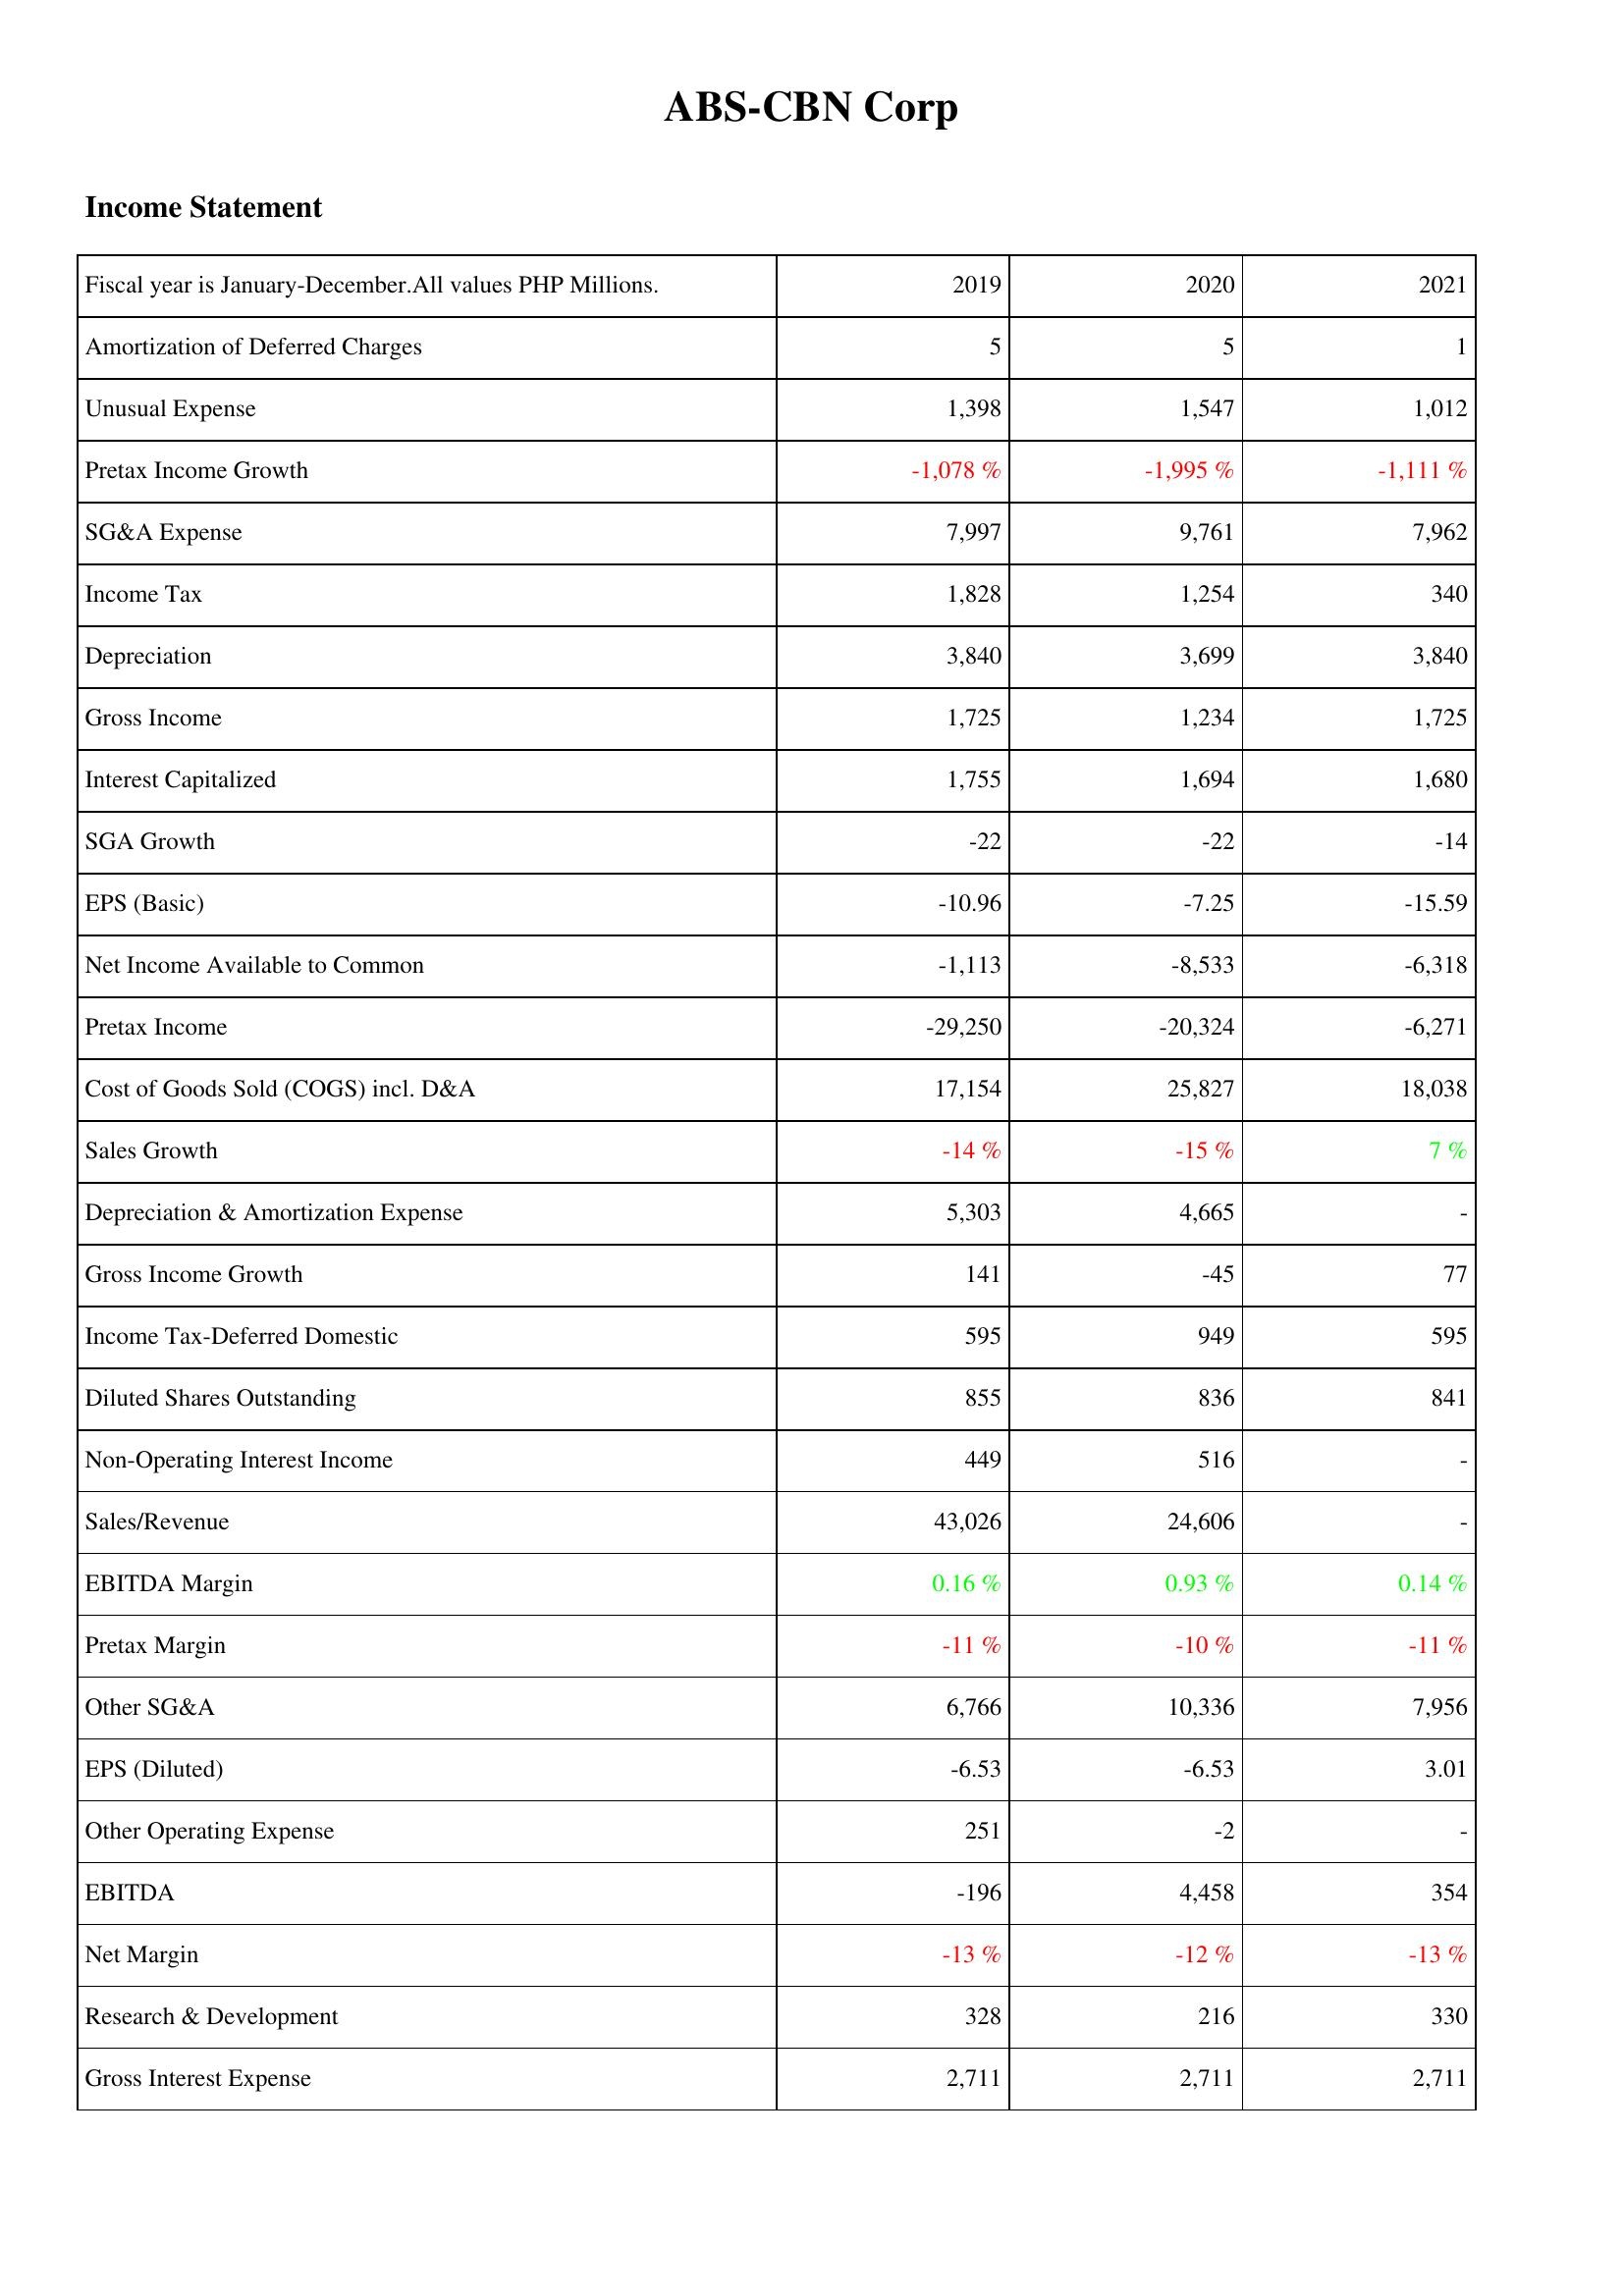
2019: Income Statement: Amortization of Deferred Charges: 5
Unusual Expense: 1,398
Pretax Income Growth: -1,078 %
SG&A Expense: 7,997
Income Tax: 1,828
Depreciation: 3,840
Gross Income: 1,725
Interest Capitalized: 1,755
SGA Growth: -22
EPS (Basic): -10.96
Net Income Available to Common: -1,113
Pretax Income: -29,250
Cost of Goods Sold (COGS) incl. D&A: 17,154
Sales Growth: -14 %
Depreciation & Amortization Expense: 5,303
Gross Income Growth: 141
Income Tax-Deferred Domestic: 595
Diluted Shares Outstanding: 855
Non-Operating Interest Income: 449
Sales/Revenue: 43,026
EBITDA Margin: 0.16 %
Pretax Margin: -11 %
Other SG&A: 6,766
EPS (Diluted): -6.53
Other Operating Expense: 251
EBITDA: -196
Net Margin: -13 %
Research & Development: 328
Gross Interest Expense: 2,711
2020: Income Statement: Amortization of Deferred Charges: 5
Unusual Expense: 1,547
Pretax Income Growth: -1,995 %
SG&A Expense: 9,761
Income Tax: 1,254
Depreciation: 3,699
Gross Income: 1,234
Interest Capitalized: 1,694
SGA Growth: -22
EPS (Basic): -7.25
Net Income Available to Common: -8,533
Pretax Income: -20,324
Cost of Goods Sold (COGS) incl. D&A: 25,827
Sales Growth: -15 %
Depreciation & Amortization Expense: 4,665
Gross Income Growth: -45
Income Tax-Deferred Domestic: 949
Diluted Shares Outstanding: 836
Non-Operating Interest Income: 516
Sales/Revenue: 24,606
EBITDA Margin: 0.93 %
Pretax Margin: -10 %
Other SG&A: 10,336
EPS (Diluted): -6.53
Other Operating Expense: -2
EBITDA: 4,458
Net Margin: -12 %
Research & Development: 216
Gross Interest Expense: 2,711
2021: Income Statement: Amortization of Deferred Charges: 1
Unusual Expense: 1,012
Pretax Income Growth: -1,111 %
SG&A Expense: 7,962
Income Tax: 340
Depreciation: 3,840
Gross Income: 1,725
Interest Capitalized: 1,680
SGA Growth: -14
EPS (Basic): -15.59
Net Income Available to Common: -6,318
Pretax Income: -6,271
Cost of Goods Sold (COGS) incl. D&A: 18,038
Sales Growth: 7 %
Depreciation & Amortization Expense: -
Gross Income Growth: 77
Income Tax-Deferred Domestic: 595
Diluted Shares Outstanding: 841
Non-Operating Interest Income: -
Sales/Revenue: -
EBITDA Margin: 0.14 %
Pretax Margin: -11 %
Other SG&A: 7,956
EPS (Diluted): 3.01
Other Operating Expense: -
EBITDA: 354
Net Margin: -13 %
Research & Development: 330
Gross Interest Expense: 2,711